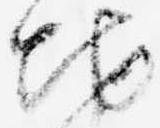
地